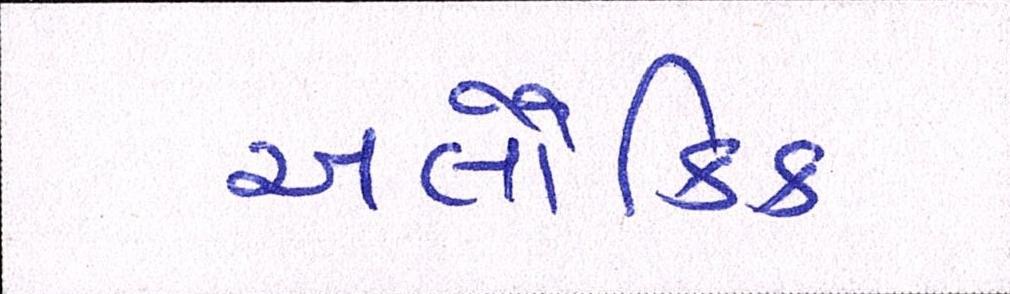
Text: અલૌકિક